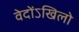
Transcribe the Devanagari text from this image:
वेदोंऽखिलो